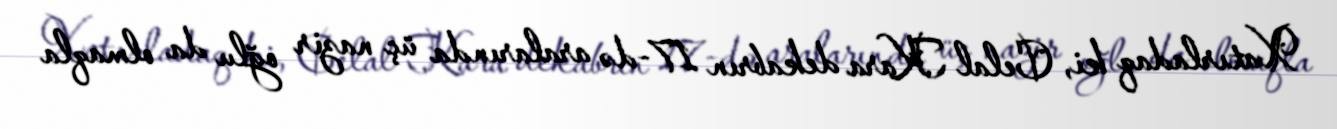
Xatırladaq ki, Celal Kara dekabrın 17-də aralarında üç nazir oğlu da olmaqla